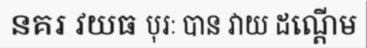
នគរ វយធ បុរៈ បាន វាយ ដណ្តើម